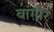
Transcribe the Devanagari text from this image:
बाग़ौर